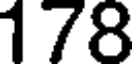
178